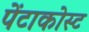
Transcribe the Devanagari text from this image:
पेंटाकोस्ट